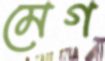
মেগ